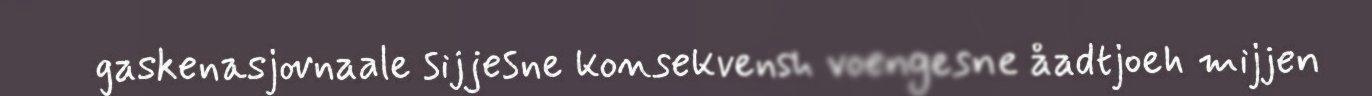
gaskenasjovnaale sijjesne konsekvensh voengesne åadtjoeh mijjen